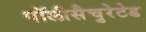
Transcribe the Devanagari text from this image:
पॉलीसैचुरेटेड